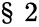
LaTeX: \S~2